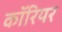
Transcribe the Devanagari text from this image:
कॉरियर